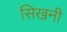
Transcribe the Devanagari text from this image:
सिखनी